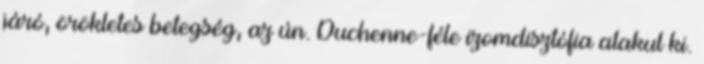
járó, örökletes betegség, az ún. Duchenne-féle izomdisztófia alakul ki.